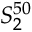
S _ { 2 } ^ { 5 0 }